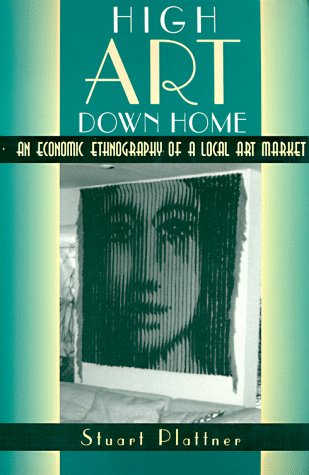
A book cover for High Art Down Home: An Economic Ethnography of a Local Art Market; Stuart Plattner; Crafts, Hobbies & Home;